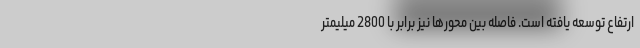
ارتفاع توسعه یافته است. فاصله بین محورها نیز برابر با 2800 میلیمتر